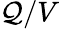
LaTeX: \mathcal{Q}/V